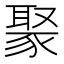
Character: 𬥁